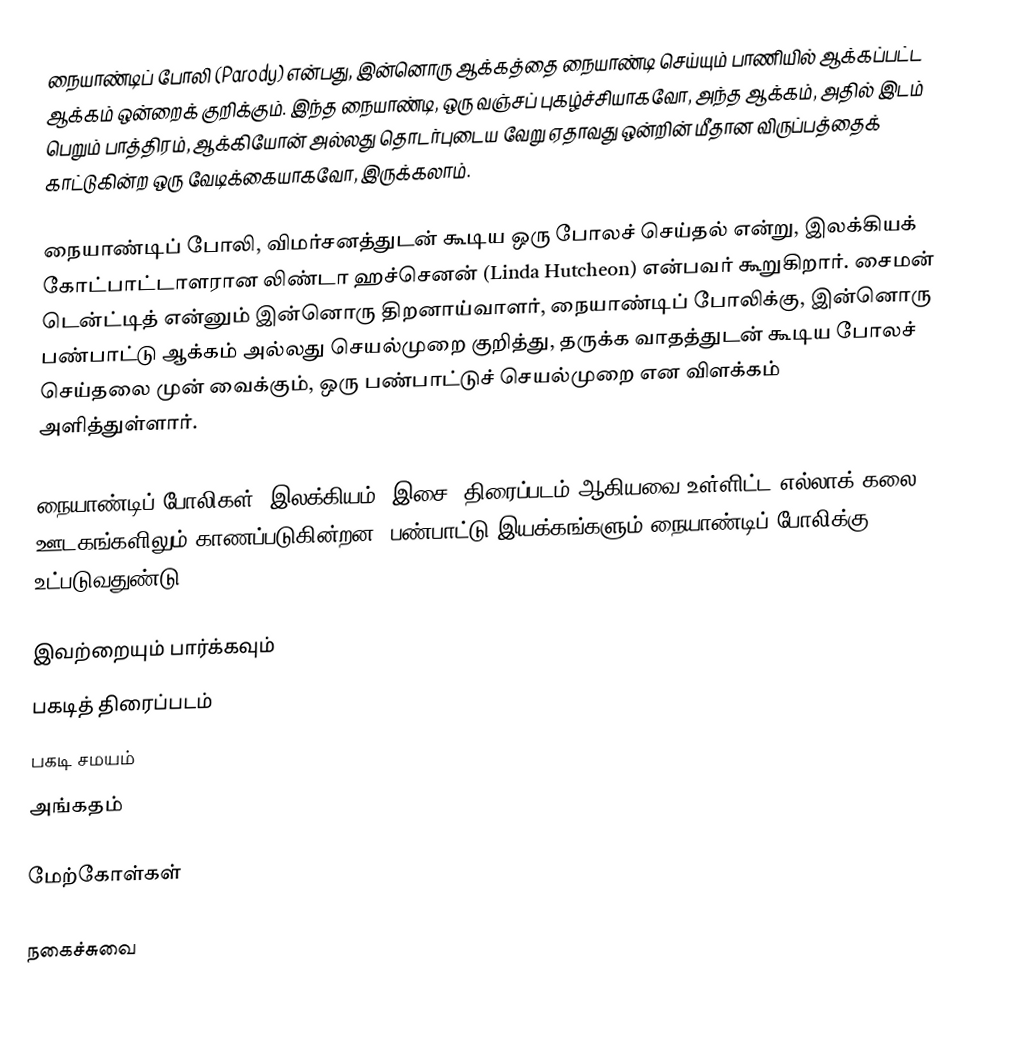
நையாண்டிப் போலி (Parody) என்பது, இன்னொரு ஆக்கத்தை நையாண்டி செய்யும் பாணியில் ஆக்கப்பட்ட ஆக்கம் ஒன்றைக் குறிக்கும். இந்த நையாண்டி, ஒரு வஞ்சப் புகழ்ச்சியாகவோ, அந்த ஆக்கம், அதில் இடம் பெறும் பாத்திரம், ஆக்கியோன் அல்லது தொடர்புடைய வேறு ஏதாவது ஒன்றின் மீதான விருப்பத்தைக் காட்டுகின்ற ஒரு வேடிக்கையாகவோ, இருக்கலாம்.

நையாண்டிப் போலி, விமர்சனத்துடன் கூடிய ஒரு போலச் செய்தல் என்று, இலக்கியக் கோட்பாட்டாளரான லிண்டா ஹச்செனன் (Linda Hutcheon) என்பவர் கூறுகிறார். சைமன் டென்ட்டித் என்னும் இன்னொரு திறனாய்வாளர், நையாண்டிப் போலிக்கு, இன்னொரு பண்பாட்டு ஆக்கம் அல்லது செயல்முறை குறித்து, தருக்க வாதத்துடன் கூடிய போலச் செய்தலை முன் வைக்கும், ஒரு பண்பாட்டுச் செயல்முறை என விளக்கம் அளித்துள்ளார்.

நையாண்டிப் போலிகள், இலக்கியம், இசை, திரைப்படம் ஆகியவை உள்ளிட்ட எல்லாக் கலை ஊடகங்களிலும் காணப்படுகின்றன. பண்பாட்டு இயக்கங்களும் நையாண்டிப் போலிக்கு உட்படுவதுண்டு.

இவற்றையும் பார்க்கவும்
 பகடித் திரைப்படம்
 பகடி சமயம்
அங்கதம்

மேற்கோள்கள்

நகைச்சுவை